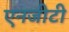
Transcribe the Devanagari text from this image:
एनजीटी